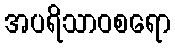
အပရိသာဝစရော